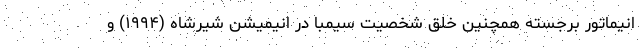
انیماتور برجسته همچنین خلق شخصیت‌ سیمبا در انیمیشن شیرشاه (۱۹۹۴) و